Civil Veterinary Dept. Assam report 1911-1927 - 1911-1927
Year: 1911
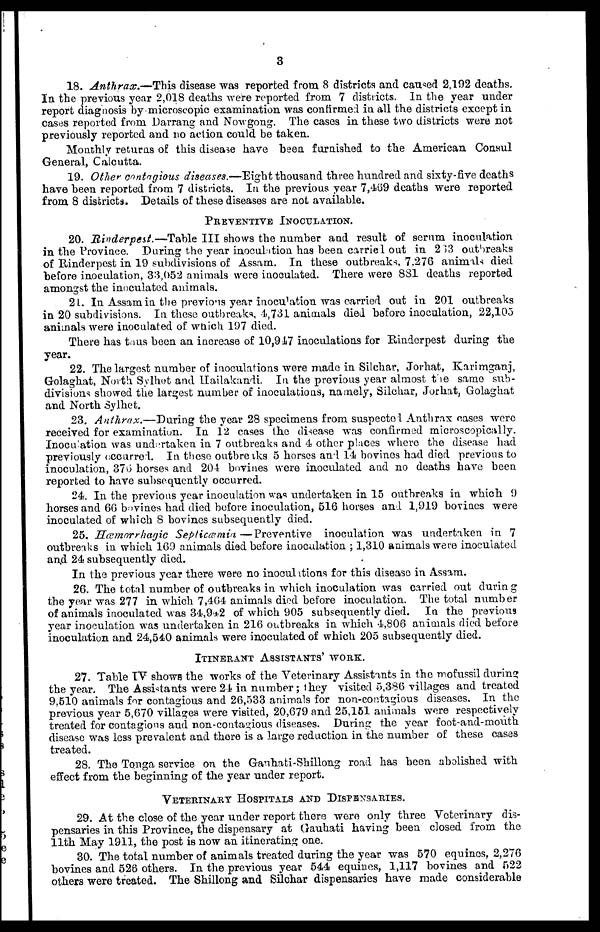
3
18. Anthrax.—This disease was reported from 8 districts and caused 2,192 deaths,
In the previous year 2,018 deaths were reported from 7 districts. In the year tinder
report diagnosis by microscopic examination was confirmed in all the districts except in
cases reported from Darrang and Nowgong. The cases in these two districts were not
previously reported and no action could. be taken.
Monthly returns of this disease have been furnished to the American Consul
General, Calcutta.
19. Other contagious diseases.—Eight thousand three hundred and sixty-five deaths
have been reported from 7 districts. In the previous year 7,469 deaths were reported
from 8 districts. Details of these diseases are not available.
PREVENTIVE INOCULATION.
20. Rinderpest.—Table III shows the number and result of serum inoculation
in the Province. During the year inoculation has been carried out in 233 outbreaks
of Rinderpest in 19 subdivisions of Assam. In these outbreaks, 7,276 animals died
before inoculation, 33,052 animals were inoculated. There were 881 deaths reported
amongst the inoculated animals.
21. In Assam in the previous year inoculation was carried out in 201 outbreaks
in 20 subdivisions. In these outbreaks, 4,731 animals died before inoculation, 22,105
animals were inoculated of which 197 died.
There has tous been an increase of 10,917 inoculations for Rinderpest during the
year.
22. The largest number of inoculations were made in Silchar, Jorhat, Karimganj,
Golaghat, North Sylhet and Hailakandi. In the previous year almost the same sub-
divisions showed the largest number of inoculations, namely, Silchar, Jorhat, Golaghat
and North Sylhet.
23. Anthrax.—During the year 28 specimens from suspected Anthrax cases were
received for examination. In 12 cases the disease was confirmed microscopically.
Inoculation was undertaken in 7 outbreaks and 4 other places where the disease had
previously occurred. In these outbreaks 5 horses and 14 bovines had died previous to
inoculation, 370 horses and 204 bovines were inoculated and no deaths have been
reported to have subsequently occurred.
24. In the previous year inoculation was undertaken in 15 outbreaks in which 9
horses and 66 bovines had died before inoculation, 516 horses and 1,919 bovines were
inoculated of which 8 bovines subsequently died.
25. Hæmorrhagic Septicæmia, —Preventive inoculation was undertaken in 7
outbreaks in which 169 animals died before inoculation ; 1,310 animals were inoculated
and 24 subsequently died.
In the previous year there were no inoculations for this disease in Assam.
26. The total number of outbreaks in which inoculation was carried out during
the year was 277 in which 7,464 animals died before inoculation. The total number
of animals inoculated was 34,942 of which 905 subsequently died. In the previous
year inoculation was undertaken in 216 outbreaks in which 4,806 animals died before
inoculation and 24,540 animals were inoculated of which 205 subsequently died.
ITINERANT ASSISTANTS' WORK.
27. Table IV shows the works of the Veterinary Assistants in the mofussil during
the year. The Assistants were 24 in number; they visited 5,386 villages and treated
9,510 animals for contagious and 26,533 animals for non-contagious diseases. In the
previous year 5,670 villages were visited, 20,679 and 25,151 animals were respectively
treated for contagions and non-contagious diseases. During the year foot-and-mouth
disease was less prevalent and there is a large reduction in the number of these cases
treated.
28. The Tonga service on the Gauhati-Shillong road has been abolished with
effect from the beginning of the year under report.
VETERINARY HOSPITALS AND DISPENSARIES.
29. At the close of the year under report there were only three Veterinary dis-
pensaries in this Province, the dispensary at Gauhati having been closed from the
11th May 1911, the post is now an itinerating one.
30. The total number of animals treated during the year was 570 equines, 2,276
bovines and 526 others. In the previous year 544 equines, 1,117 bovines and 522
others were treated. The Shillong and Silchar dispensaries have made considerable